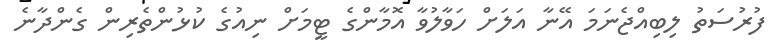
ފުރުސަތު ލިބިއްޖެނަމަ އޭނާ އަލަށް ހަވާލުވާ އޮމާންގެ ޓީމަށް ނިއުގެ ކުޅުންތެރިން ގެންދާނެ